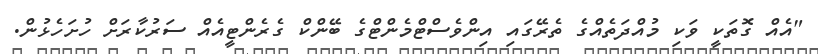
"އެއް ގޮތަކީ ވަކި މުއްދަތެއްގެ ތެރޭގައި އިންވެސްޓްމެންޓްގެ ބޭންކް ގެރެންޓީއެއް ސަރުކާރަށް ހުށަހެޅުން.